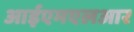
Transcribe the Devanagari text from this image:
आईएमएलआर